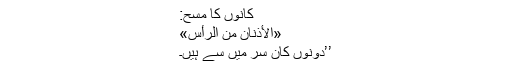
کانوں کا مسح:
«اَلْأُذُنَانِ مِنَ الرَّأْسِ»
’’دونوں کان سر میں سے ہیں۔